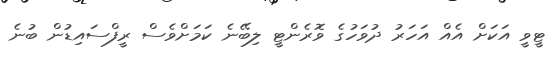
ޓީވީ އަކަށް އެއް އަހަރު ދުވަހުގެ ވޮރެންޓީ ލިބޭނެ ކަމަށްވެސް ރީފްސައިޑުން ބުނެ